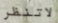
لاتنظر